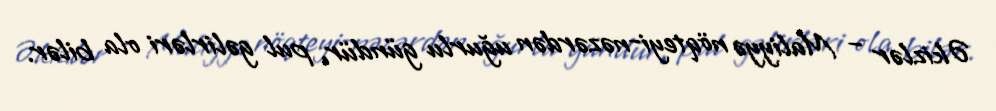
Əkizlər – Maliyyə nöqteyi-nəzərdən uğurlu gündür, pul gəlirləri ola bilər.